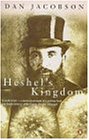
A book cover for Heshel's Kingdom : A Family, a People, a Divided Fate; Dan Jacobson; Travel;